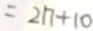
= 2 1 7 + 1 0